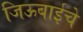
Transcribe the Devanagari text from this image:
जिऊबाईचे